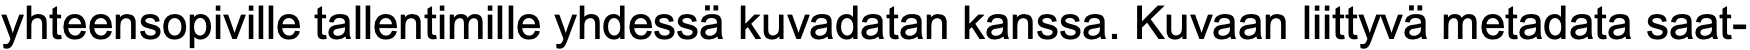
yhteensopiville tallentimille yhdessä kuvadatan kanssa. Kuvaan liittyvä metadata saat-